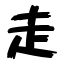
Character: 走